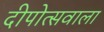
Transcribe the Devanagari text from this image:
दीपोत्सवाला